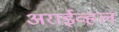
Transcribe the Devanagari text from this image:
अराईव्हल